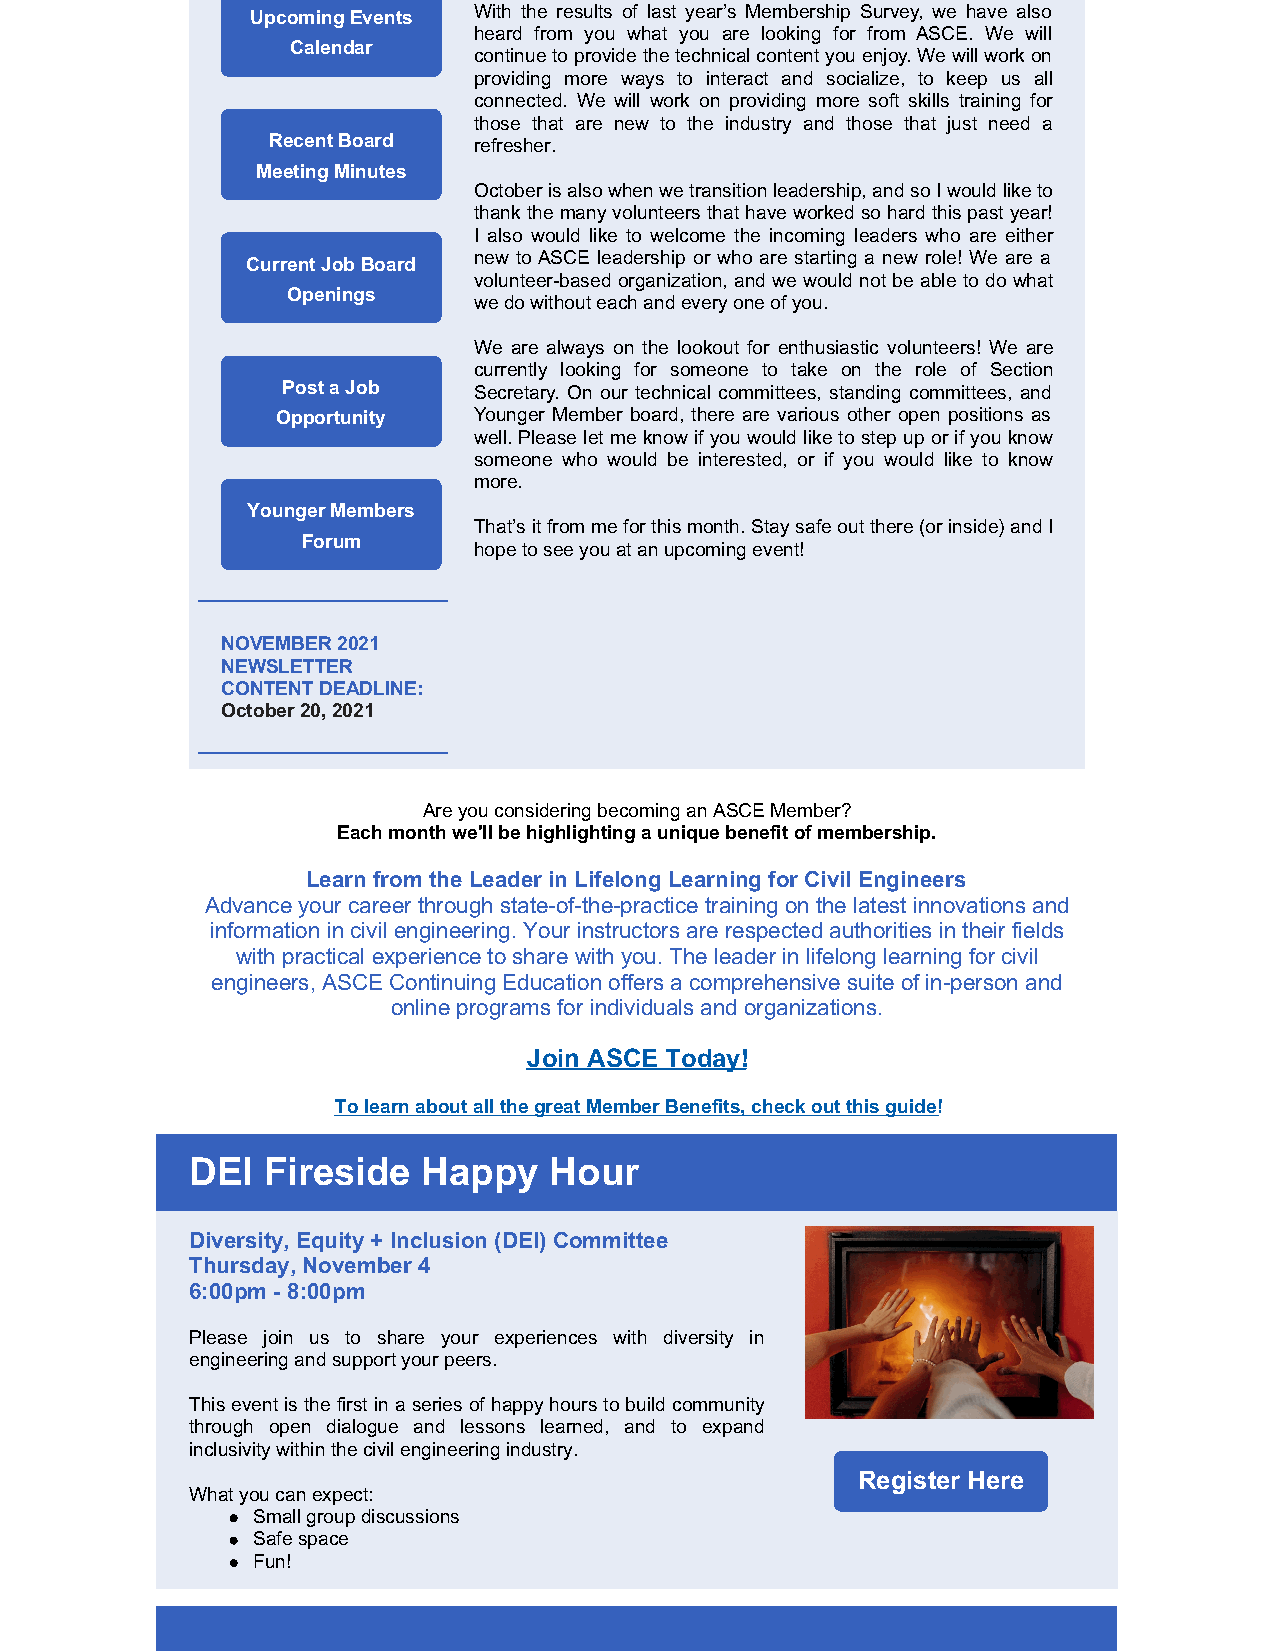
With the results of last year’s Membership Survey, we have also
 Upcoming Events
 heard from you what you are looking for from ASCE. We will
 Calendar
 continue to provide the technical content you enjoy. We will work on
 providing more ways to interact and socialize, to keep us all
 connected. We will work on providing more soft skills training for
 those that are new to the industry and those that just need a
 Recent Board refresher.
 Meeting Minutes
 October is also when we transition leadership, and so I would like to
 thank the many volunteers that have worked so hard this past year!
 I also would like to welcome the incoming leaders who are either
 new to ASCE leadership or who are starting a new role! We are a
 Current Job Board
 volunteer-based organization, and we would not be able to do what
 Openings
 we do without each and every one of you.
 We are always on the lookout for enthusiastic volunteers! We are
 currently looking for someone to take on the role of Section
 Post a Job  Secretary. On our technical committees, standing committees, and
 Opportunity  Younger Member board, there are various other open positions as
 well. Please let me know if you would like to step up or if you know
 someone who would be interested, or if you would like to know
 more.
 Younger Members
 That’s it from me for this month. Stay safe out there (or inside) and I
 Forum
 hope to see you at an upcoming event!
 NOVEMBER 2021
 NEWSLETTER
 CONTENT DEADLINE:
 October 20, 2021
 Are you considering becoming an ASCE Member?
 ​Each month we'll be highlighting a unique benefit of membership.
 Learn from the Leader in Lifelong Learning for Civil Engineers
 Advance your career through state-of-the-practice training on the latest innovations and
 information in civil engineering. Your instructors are respected authorities in their fields
 with practical experience to share with you. The leader in lifelong learning for civil
 engineers, ASCE Continuing Education offers a comprehensive suite of in-person and
 online programs for individuals and organizations.
 Join ASCE Today!
 To learn about all the great Member Benefits, check out this guide!
 DEI Fireside   Happy   Hour
 Diversity, Equity + Inclusion (DEI) Committee
 Thursday, November 4
 6:00pm - 8:00pm
 Please join us to share your experiences with diversity in
 engineering and support your peers.
 This event is the first in a series of happy hours to build community
 through open dialogue and lessons learned, and to expand
 inclusivity within the civil engineering industry.
 Register Here
 What you can expect:
 Small group discussions
 Safe space
 Fun!